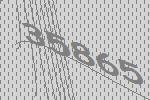
35865